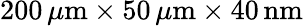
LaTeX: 200\, \mu\mathrm{m}\times 50\, \mu\mathrm{m}\times 40\, \mathrm{nm}